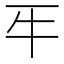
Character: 𤘔